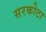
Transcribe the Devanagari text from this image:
सरकोटा